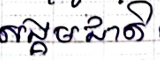
សង្គមជាតិ